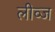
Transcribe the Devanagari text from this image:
लीव्ज